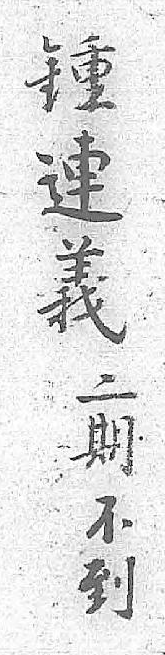
鍾二連期義不 到